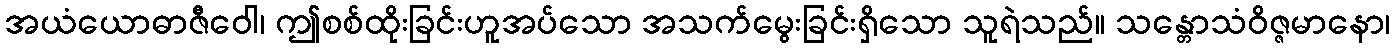
အယံယောဓာဇီဝေါ၊ ဤစစ်ထိုးခြင်းဟူအပ်သော အသက်မွေးခြင်းရှိသော သူရဲသည်။ သန္တောသံဝိဇ္ဇမာနော၊